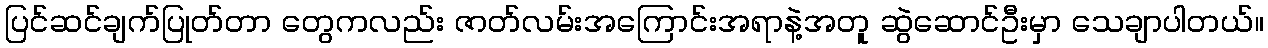
ပြင်ဆင်ချက်ပြုတ်တာ တွေကလည်း ဇာတ်လမ်းအကြောင်းအရာနဲ့အတူ ဆွဲဆောင်ဦးမှာ သေချာပါတယ်။